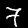
Label: 7